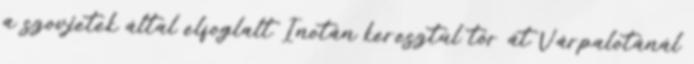
a szovjetek által elfoglalt Inotán keresztül tör át Várpalotánál